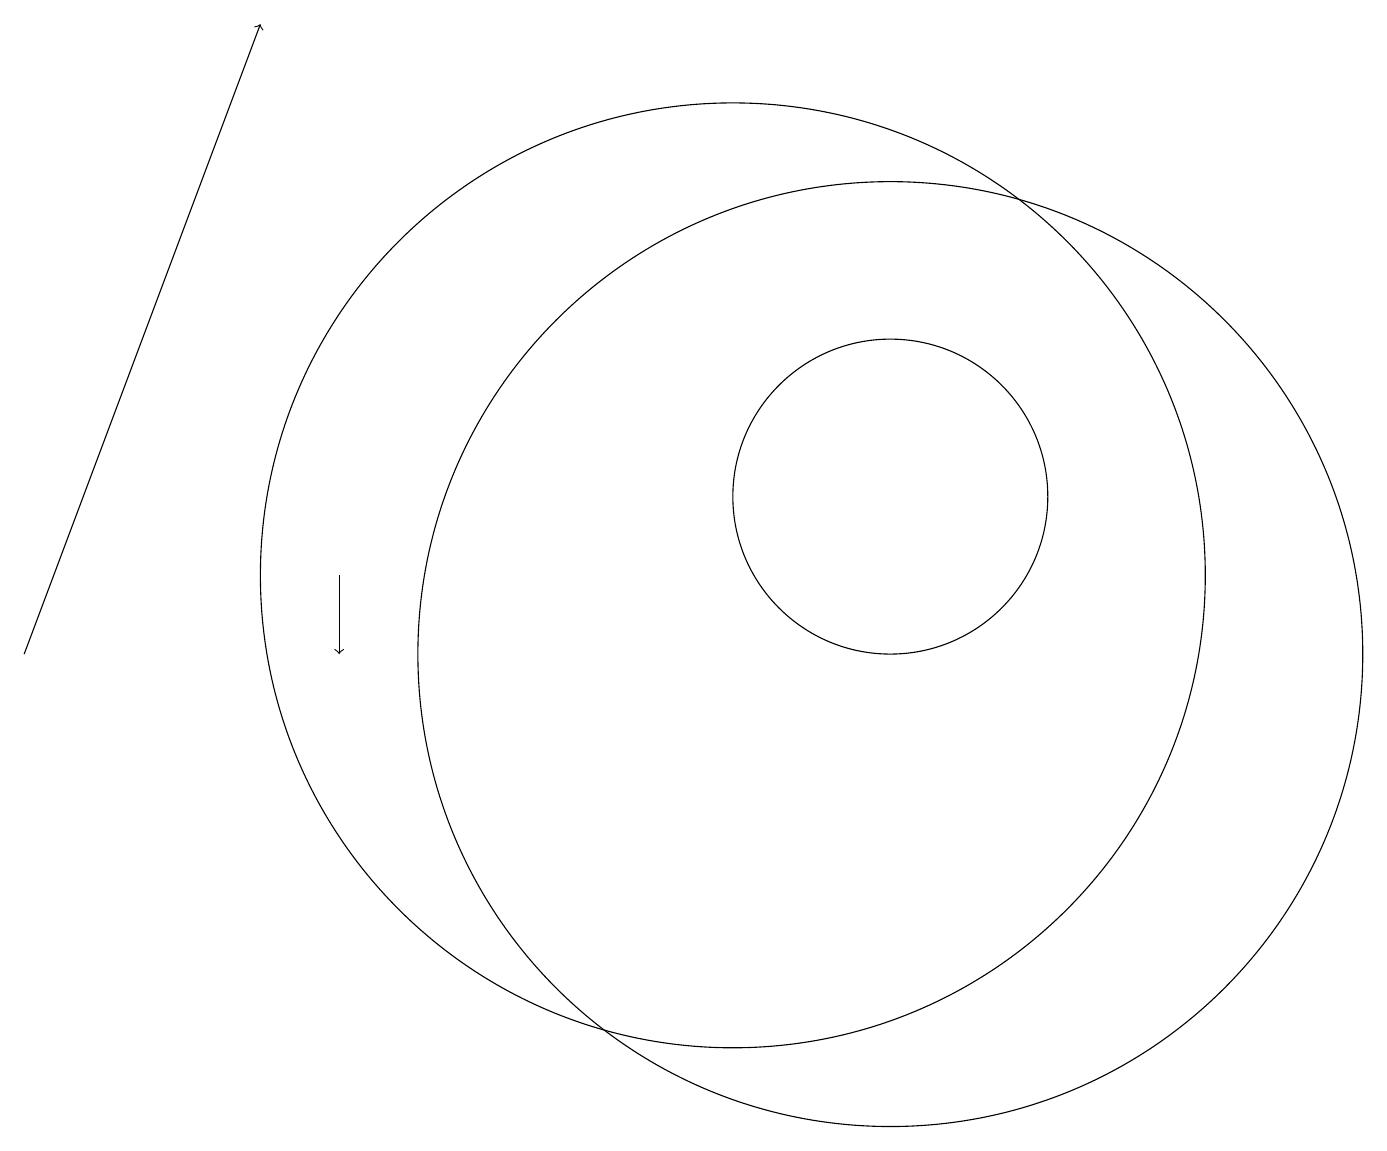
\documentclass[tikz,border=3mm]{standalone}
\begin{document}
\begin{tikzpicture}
\draw (12,12) circle (2);
\draw[->] (1,10) -- (4,18);
\draw (10,11) circle (6);
\draw[->] (5,11) -- (5,10);
\draw (12,10) circle (6);
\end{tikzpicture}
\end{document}